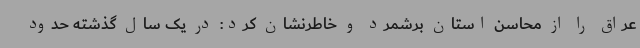
عراق را از محاسن استان برشمرد و خاطرنشان کرد: در یک سال گذشته حدود